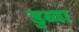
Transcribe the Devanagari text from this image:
डुब्वा